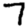
Digit: 7